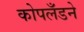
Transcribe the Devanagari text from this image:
कोपलँडने